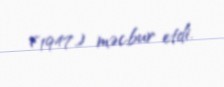
(1947) məcbur etdi.